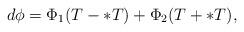
LaTeX: \begin{align*}d\phi = \Phi_{1}(T-\ast T) + \Phi_{2}(T + \ast T),\end{align*}